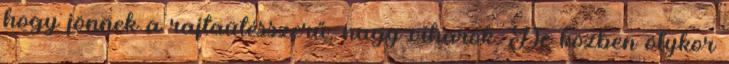
hogy jönnek a rajtaütésszerű, nagy viharok. De közben olykor